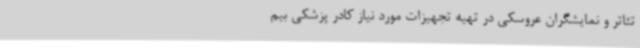
تئاتر و نمایشگران عروسکی در تهیه تجهیزات مورد نیاز کادر پزشکی بیم